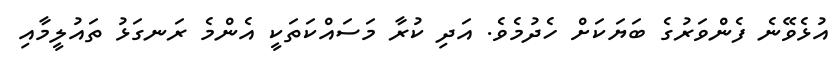
އުޅެވޭނެ ފެންވަރުގެ ބަޔަކަށް ހެދުމެވެ. އަދި ކުރާ މަސައްކަތަކީ އެންމެ ރަނގަޅު ތައުލީމާއި